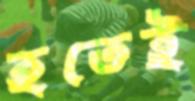
হতেই